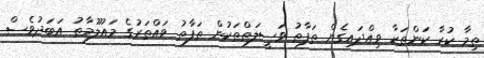
ތިމާ ކުރާ ކަންތަކާ ވިއްދައިގެން ތަފާތު ވަސީލަތްތަކުން ތަފާތު ވައްތަރުގެ މައުލޫމާތު އަބަދުވެސް